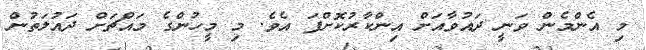
މި އެންމެން ވަނީ ދައުވާއަށް އިންކާރުކޮށްފަ އެވެ. މި މީހުންގެ މައްޗަށް ދައުލަތުން